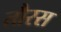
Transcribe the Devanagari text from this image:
तौरस